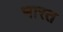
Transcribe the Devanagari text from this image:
भारत